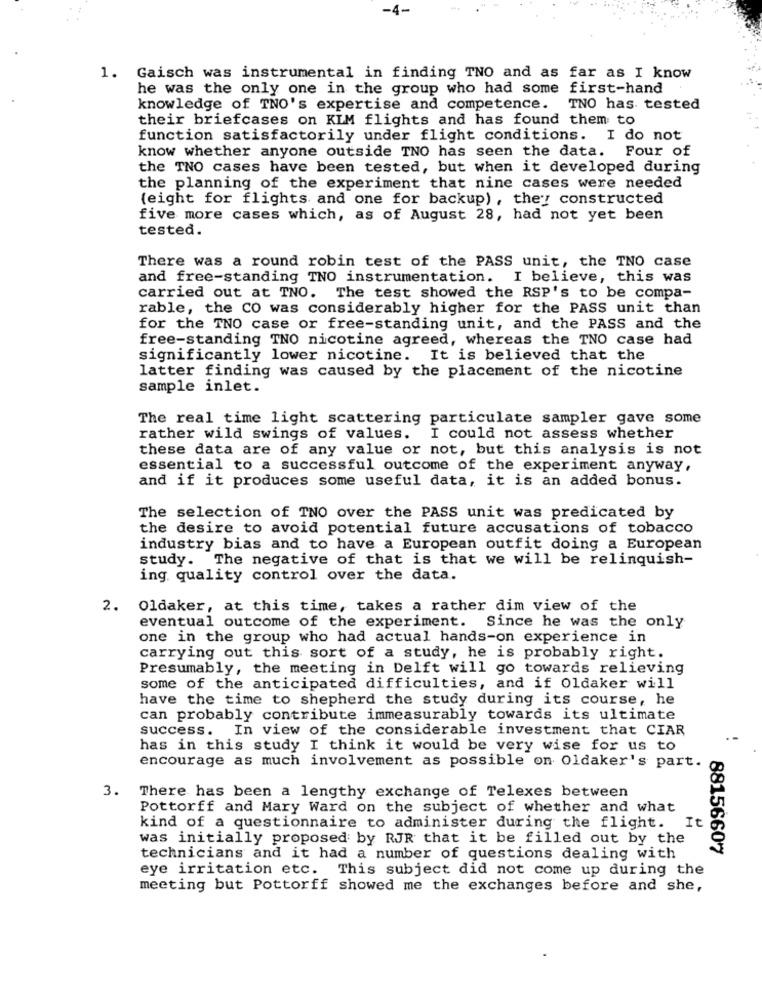
-4-
1. Gaisch was instrumental in finding TNO and as far as I know
he was the only one in the group who had some first-hand
knowledge of TNO's expertise and competence.
TNO has tested
their briefcases on KIM flights and has found them to
function satisfactorily under flight conditions. I do not
know whether anyone outside TNO has seen the data. Four of
the TNO cases have been tested, but when it developed during
the planning of the experiment that nine cases were needed
(eight for flights and one for backup), they constructed
five more cases which, as of August 28, had not yet been
tested.
There was a round robin test of the PASS unit, the TNO case
and free-standing TNO instrumentation. I believe, this was
carried out at TNO. The test showed the RSP's to be compa-
rable, the CO was considerably higher for the PASS unit than
for the TNO case or free-standing unit, and the PASS and the
free-standing TNO nicotine agreed, whereas the TNO case had
significantly lower nicotine. It is believed that the
latter finding was caused by the placement of the nicotine
sample inlet.
The real time light scattering particulate sampler gave some
rather wild swings of values. I could not assess whether
these data are of any value or not, but this analysis is not
essential to a successful outcome of the experiment anyway,
and if it produces some useful data, it is an added bonus.
The selection of TNO over the PASS unit was predicated by
the desire to avoid potential future accusations of tobacco
industry bias and to have a European outfit doing a European
study. The negative of that is that we will be relinquish-
ing. quality control over the data.
2. Oldaker, at this time, takes a rather dim view of the
eventual outcome of the experiment. Since he was the only
one in the group who had actual hands-on experience in
carrying out this sort of a study, he is probably right.
Presumably, the meeting in Delft will go towards relieving
some of the anticipated difficulties, and if Oldaker will
have the time to shepherd the study during its course, he
can probably contribute immeasurably towards its ultimate
success.
In view of the considerable investment that CIAR
has in this study I think it would be very wise for us to
encourage as much involvement as possible on Oldaker's part.
3. There has been a lengthy exchange of Telexes between
Pottorff and Mary Ward on the subject of whether and what
kind of a questionnaire to administer during the flight.
It
was initially proposed by RJR that it be filled out by the
88156607
technicians and it had a number of questions dealing with
eye irritation etc. This subject did not come up during the
meeting but Pottorff showed me the exchanges before and she,